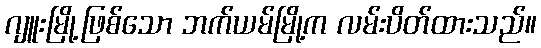
ဂျူးမြို့ဖြစ်သော ဘက်ယမ်မြို့က လမ်းပိတ်ထားသည်။